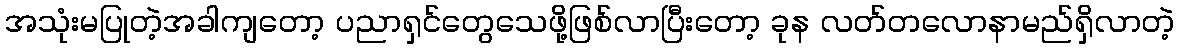
အသုံးမပြုတဲ့အခါကျတော့ ပညာရှင်တွေသေဖို့ဖြစ်လာပြီးတော့ ခုန လတ်တလောနာမည်ရှိလာတဲ့